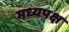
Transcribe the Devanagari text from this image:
मध्यपक्ष